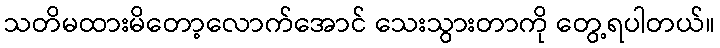
သတိမထားမိတော့လောက်အောင် သေးသွားတာကို တွေ့ရပါတယ်။